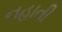
નહાતી